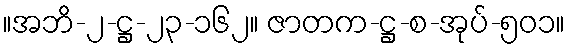
။အဘိ-၂-ဋ္ဌ-၂၃-၁၆၂။ ဇာတက-ဋ္ဌ-စ-အုပ်-၅၀၁။